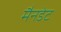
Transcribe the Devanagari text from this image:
मैनडेट